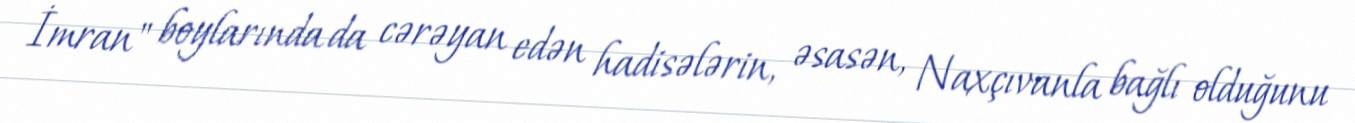
İmran" boylarında da cərəyan edən hadisələrin, əsasən, Naxçıvanla bağlı olduğunu